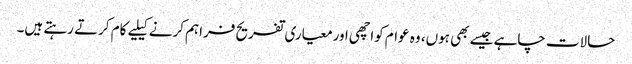
حالات چاہے جیسے بھی ہوں، وہ عوام کواچھی اورمعیاری تفریح فراہم کرنے کیلیے کام کرتے رہتے ہیں۔